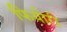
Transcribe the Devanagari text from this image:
फियोरी